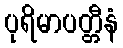
ပုရိမာပတ္တီနံ